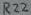
Text: R22